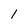
Character: 1